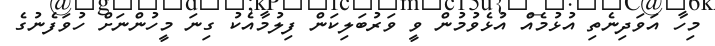
މިހާ އަވަދިނެތި އުޅުމެއް އުޅެވުމުން ވީ ވަރުބަލިކަން ފިލުމާއެކު ގިނަ މީހުންނަށް ހުވަފެނުގެ